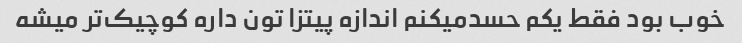
خوب بود فقط یکم حسدمیکنم اندازه پیتزا تون داره کوچیک‌تر میشه